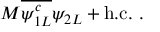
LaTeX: M { \overline { { { \psi _ { 1 L } ^ { c } } } } } \psi _ { 2 L } + \mathrm { h . c . } ~ .